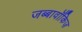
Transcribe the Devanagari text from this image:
जब्बावॉकिज़